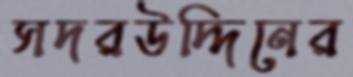
সদরউদ্দিনের